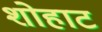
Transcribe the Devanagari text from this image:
शोहाट